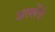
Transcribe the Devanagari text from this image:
अल्लेंदे